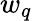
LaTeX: w_{q}